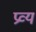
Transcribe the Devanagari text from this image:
प्रव्य